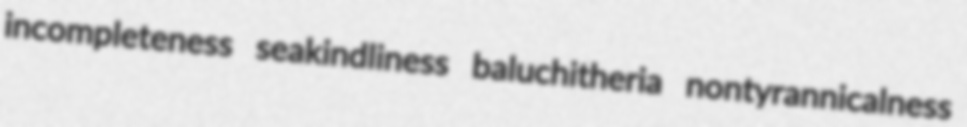
incompleteness seakindliness baluchitheria nontyrannicalness